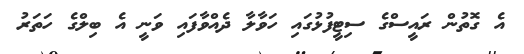
އެ ގޮތުން ރައީސްގެ ސިޓީފުޅުގައި ހަވާލާ ދެއްވާފައި ވަނީ އެ ބިލްގެ ހަތަރު